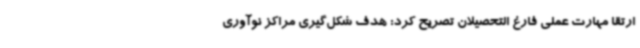
ارتقا مهارت عملی فارغ التحصیلان تصریح کرد: هدف شکل‌گیری مراکز نوآوری